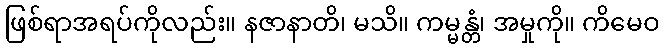
ဖြစ်ရာအရပ်ကိုလည်း။ နဇာနာတိ၊ မသိ။ ကမ္မန္တံ၊ အမှုကို။ ကိမေဝ